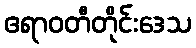
ဧရာဝတီတိုင်းဒေသ